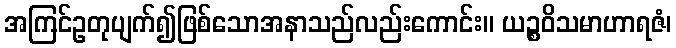
အကြင်ဥတုပျက်၍ဖြစ်သောအနာသည်လည်းကောင်း။ ယဉ္စဝိသမာဟာရဇံ၊